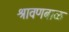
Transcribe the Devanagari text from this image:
श्रावणबाळ